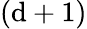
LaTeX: (\mathrm{d}+1)